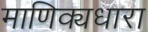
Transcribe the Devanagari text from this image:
माणिक्यधारा